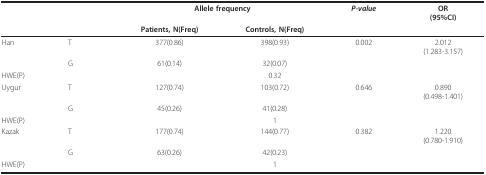
|  |  | <COLSPAN=2> Allele frequency | P-value | OR(95%CI) |
 |  |  | Patients, N(Freq) | Controls, N(Freq) |  |  |
 | --- | --- | --- | --- | --- | --- |
 | Han | T | 377(0.86) | 398(0.93) | 0.002 | 2.012(1.283-3.157) |
 |  | G | 61(0.14) | 32(0.07) |  |  |
 | <COLSPAN=2> HWE(P) |  | 0.32 |  |  |
 | Uygur | T | 127(0.74) | 103(0.72) | 0.646 | 0.890(0.498-1.401) |
 |  | G | 45(0.26) | 41(0.28) |  |  |
 | <COLSPAN=2> HWE(P) |  | 1 |  |  |
 | Kazak | T | 177(0.74) | 144(0.77) | 0.382 | 1.220(0.780-1.910) |
 |  | G | 63(0.26) | 42(0.23) |  |  |
 | <COLSPAN=2> HWE(P) |  | 1 |  |  |